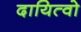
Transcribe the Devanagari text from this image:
दायित्वो